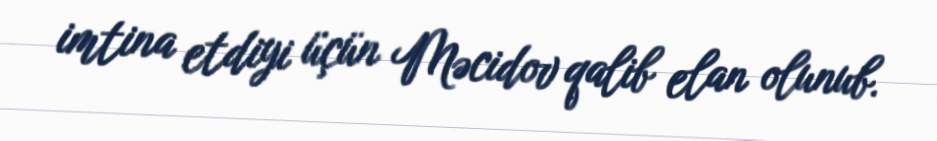
imtina etdiyi üçün Məcidov qalib elan olunub.